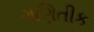
ગણિતીક